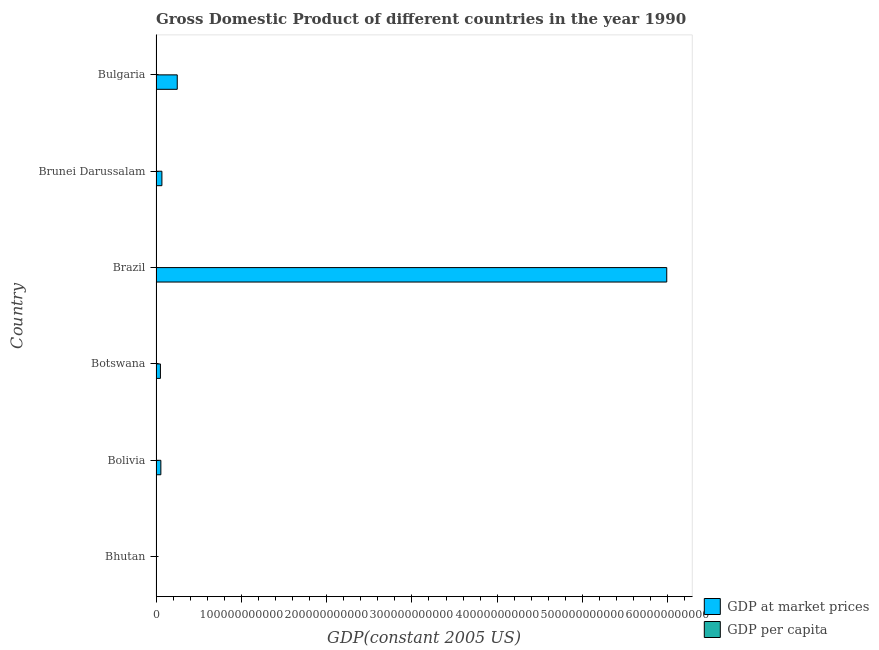
| Country | GDP at market prices | GDP per capita |
 | --- | --- | --- |
 | Bhutan | 3.45e+08 | 643 |
 | Bolivia | 5.67e+09 | 826 |
 | Botswana | 5.16e+09 | 3.74e+03 |
 | Brazil | 5.99e+11 | 3.98e+03 |
 | Brunei Darussalam | 6.89e+09 | 2.68e+04 |
 | Bulgaria | 2.49e+10 | 2.85e+03 |